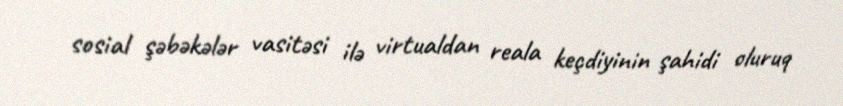
sosial şəbəkələr vasitəsi ilə virtualdan reala keçdiyinin şahidi oluruq